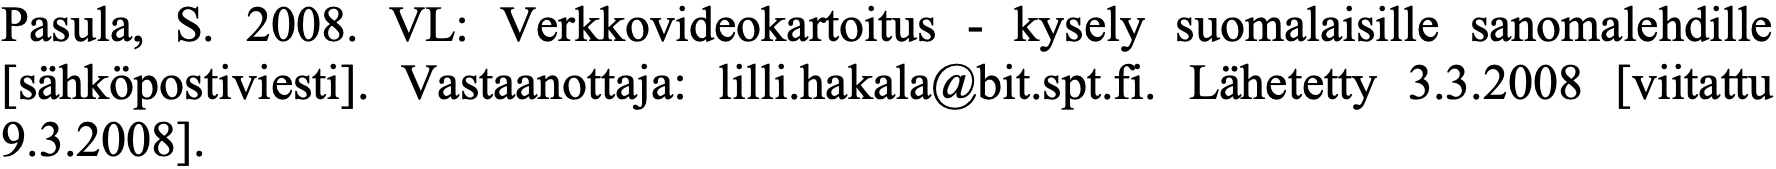
Pasula, S. 2008. VL: Verkkovideokartoitus - kysely suomalaisille sanomalehdille [sähköpostiviesti]. Vastaanottaja: lilli.hakala@bit.spt.fi. Lähetetty 3.3.2008 [viitattu 9.3.2008].